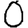
Digit: 0